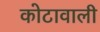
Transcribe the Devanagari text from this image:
कोटावाली